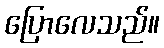
ပြောလေသည်။